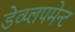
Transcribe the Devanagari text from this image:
डेव्प्लपमेन्ट